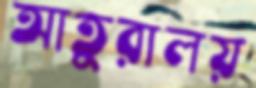
আতুরালয়